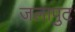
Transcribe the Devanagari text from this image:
जलापुट